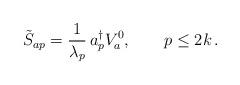
LaTeX: \begin{align*}\tilde S_{ap} = {1 \over \lambda_p}\, a^\dagger_p V^0_a , \qquad p \le 2k \, .\end{align*}